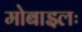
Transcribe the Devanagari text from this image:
मोबाइलः